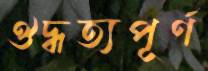
ঔদ্ধত্যপূর্ণ